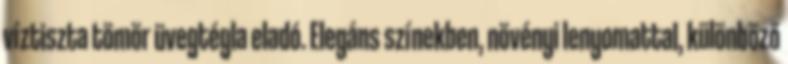
víztiszta tömör üvegtégla eladó. Elegáns színekben, növényi lenyomattal, különböző